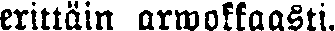
erittäin arwokkaasti.